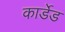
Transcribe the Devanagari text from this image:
कार्डेड